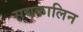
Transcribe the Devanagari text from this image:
सद्यकालिन